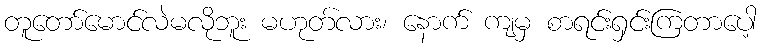
တူတော်မောင်လဲမလိုဘူး မဟုတ်လား၊ နောက် ကျမှ စာရင်းရှင်းကြတာပေါ့